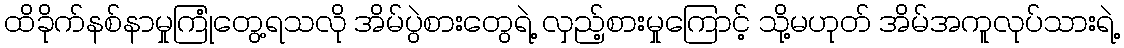
ထိခိုက်နစ်နာမှုကြုံတွေ့ရသလို အိမ်ပွဲစားတွေရဲ့ လှည့်စားမှုကြောင့် သို့မဟုတ် အိမ်အကူလုပ်သားရဲ့